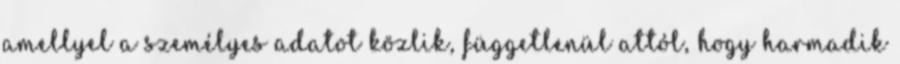
amellyel a személyes adatot közlik, függetlenül attól, hogy harmadik